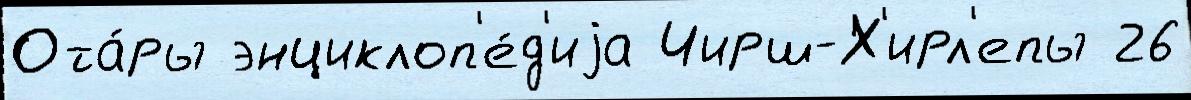
Ота́ры энциклоп'е́д'иjа Чирш-Х'ирл'епы 26